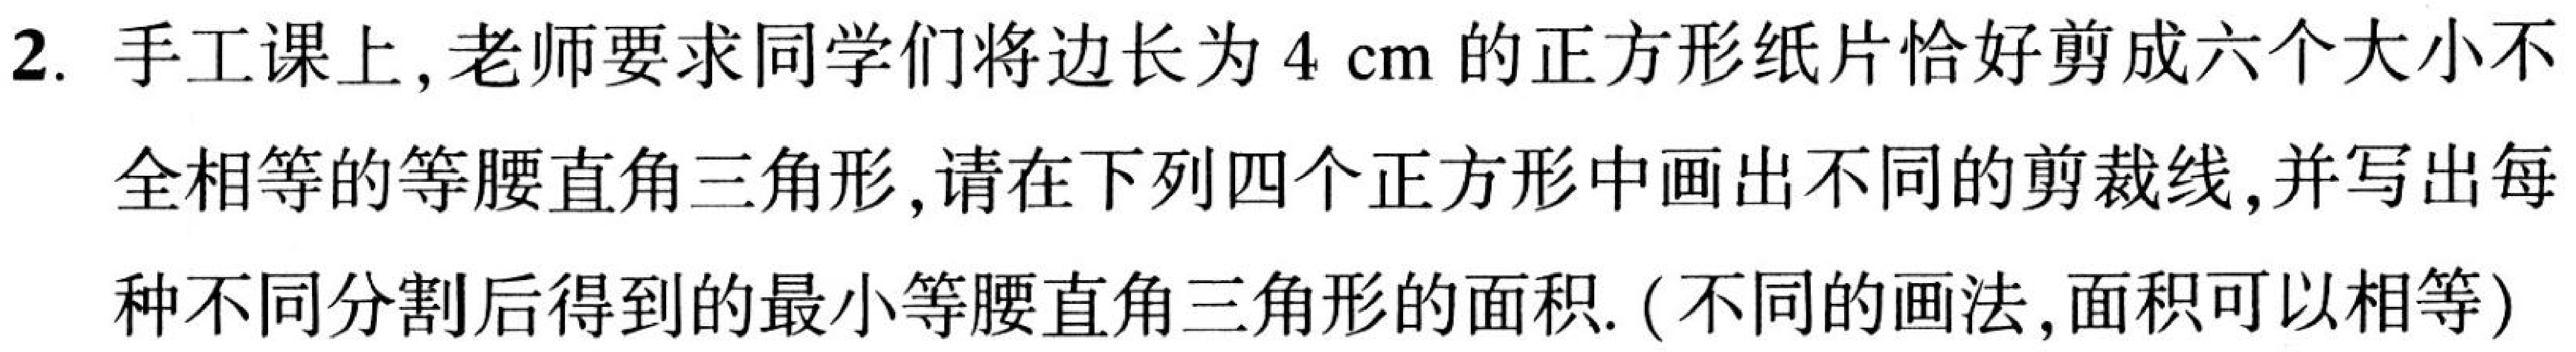
2. 手工课上, 老师要求同学们将边长为 \(4\text{ cm}\) 的正方形纸片恰好剪成六个大小不
全相等的等腰直角三角形, 请在下列四个正方形中画出不同的剪裁线, 并写出每
种不同分割后得到的最小等腰直角三角形的面积. (不同的画法, 面积可以相等)